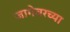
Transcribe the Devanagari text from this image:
जागेवरच्या